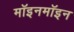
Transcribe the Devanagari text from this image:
मॉइनमॉइन